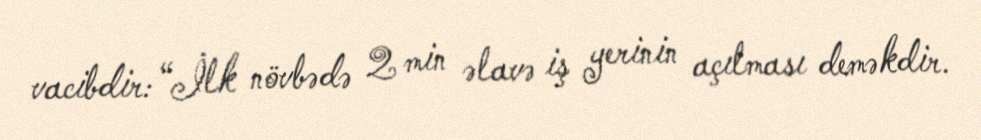
vacibdir: “İlk növbədə 2 min əlavə iş yerinin açılması deməkdir.